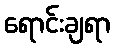
ရောင်းချရာ